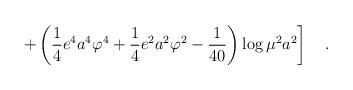
LaTeX: \begin{align*}\left.+\left(\frac 14 e^4 a^4 \varphi^4+\frac 14 e^2 a^2 \varphi^2 - {1 \over 40}\right) \log \mu^2a^2\right]~~~.\end{align*}